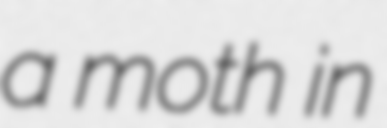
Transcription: a moth in